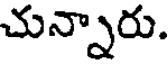
చున్నారు.